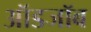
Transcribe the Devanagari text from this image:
ऑडजॉब